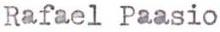
Rafael Paasio